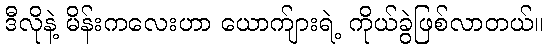
ဒီလိုနဲ့ မိန်းကလေးဟာ ယောက်ျားရဲ့ ကိုယ်ခွဲဖြစ်လာတယ်။